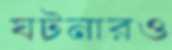
ঘটনারও